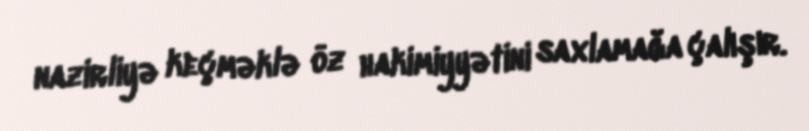
nazirliyə keçməklə öz hakimiyyətini saxlamağa çalışır.